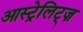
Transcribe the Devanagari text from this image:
आस्ट्रेलिट्ज़